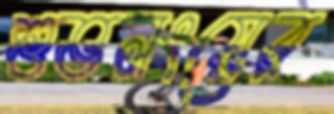
শুভলংয়ের